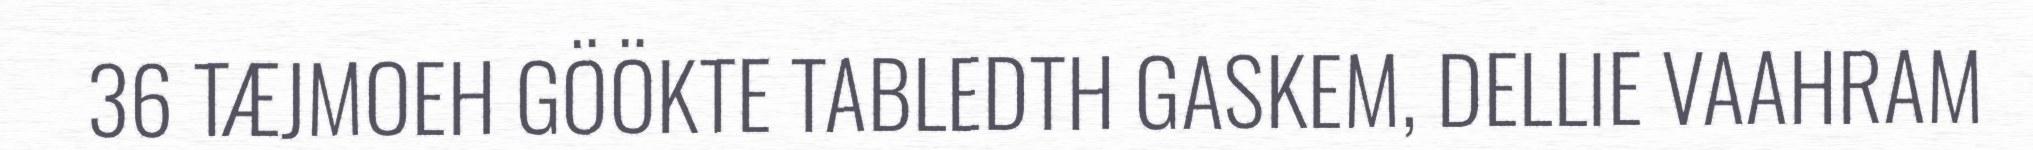
36 TÆJMOEH GÖÖKTE TABLEDTH GASKEM, DELLIE VAAHRAM